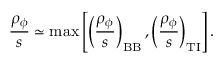
\frac { \rho _ { \phi } } { s } \simeq \operatorname * { m a x } \left[ \left( \frac { \rho _ { \phi } } { s } \right) _ { \mathrm { B B } } , \left( \frac { \rho _ { \phi } } { s } \right) _ { \mathrm { T I } } \right] .